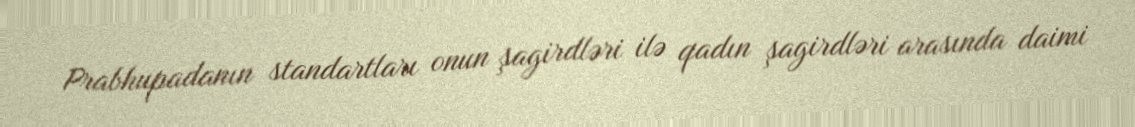
Prabhupadanın standartları onun şagirdləri ilə qadın şagirdləri arasında daimi